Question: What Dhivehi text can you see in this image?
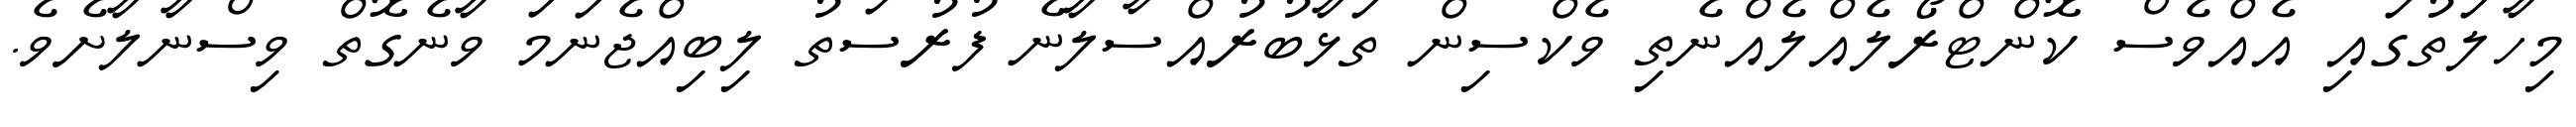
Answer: މިހާލަތުގައި އެއްވެސް ކޮންޓްރޯލެއްލެއްނެތި ވެކްސިން ތަޅާބުރުއްސާލާނެ ފުރުސަތު ލިބިއްޖެނަމަ ވާނެގޮތް ވިސްނާލާށެވެ.